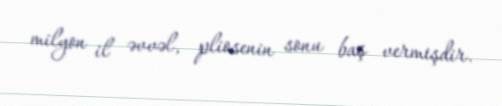
milyon il əvvəl, pliosenin sonu baş vermişdir.